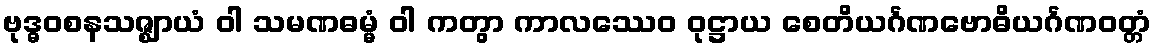
ဗုဒ္ဓဝစနသဇ္ဈာယံ ဝါ သမဏဓမ္မံ ဝါ ကတွာ ကာလဿေဝ ဝုဋ္ဌာယ စေတိယင်္ဂဏဗောဓိယင်္ဂဏဝတ္တံ